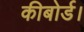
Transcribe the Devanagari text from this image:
कीबोर्ड।